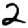
Digit: 2